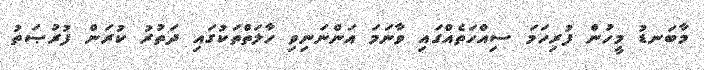
މާބަނޑު މީހުން ފުރިހަމަ ސިއްހަތެއްގައި ވާނަމަ އަންނަނިވި ހާލަތްތަކުގައި ދަތުރު ކުރަން ފުރުޞަތު